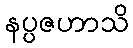
နပ္ပဇဟာသိ